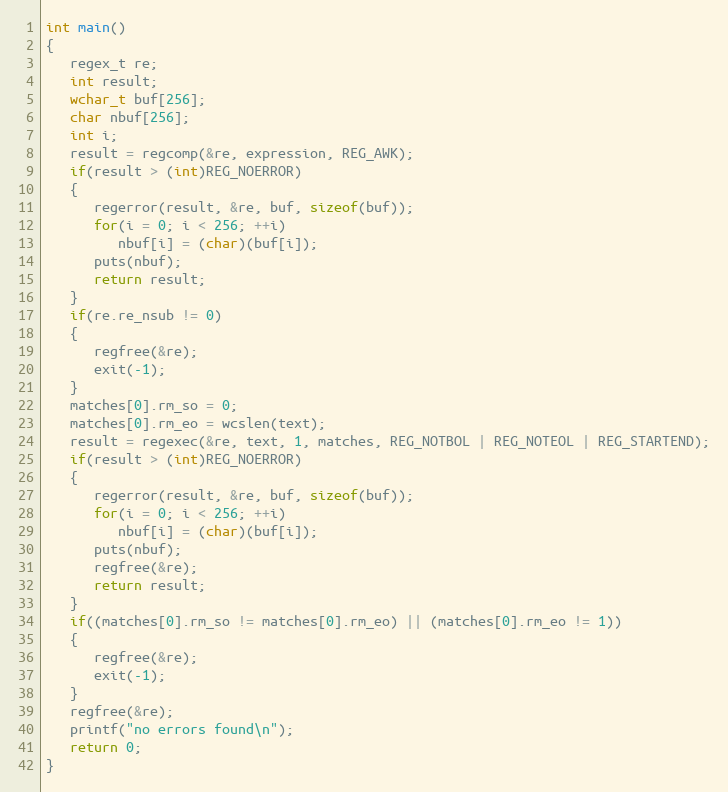
Language: C
int main()
{
   regex_t re;
   int result;
   wchar_t buf[256];
   char nbuf[256];
   int i;
   result = regcomp(&re, expression, REG_AWK);
   if(result > (int)REG_NOERROR)
   {
      regerror(result, &re, buf, sizeof(buf));
      for(i = 0; i < 256; ++i)
         nbuf[i] = (char)(buf[i]);
      puts(nbuf);
      return result;
   }
   if(re.re_nsub != 0)
   {
      regfree(&re);
      exit(-1);
   }
   matches[0].rm_so = 0;
   matches[0].rm_eo = wcslen(text);
   result = regexec(&re, text, 1, matches, REG_NOTBOL | REG_NOTEOL | REG_STARTEND);
   if(result > (int)REG_NOERROR)
   {
      regerror(result, &re, buf, sizeof(buf));
      for(i = 0; i < 256; ++i)
         nbuf[i] = (char)(buf[i]);
      puts(nbuf);
      regfree(&re);
      return result;
   }
   if((matches[0].rm_so != matches[0].rm_eo) || (matches[0].rm_eo != 1))
   {
      regfree(&re);
      exit(-1);
   }
   regfree(&re);
   printf("no errors found\n");
   return 0;
}